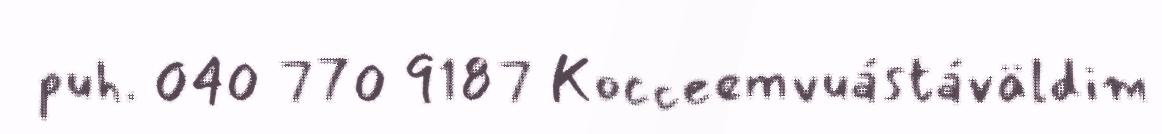
puh. 040 770 9187 Kocceemvuástáväldim